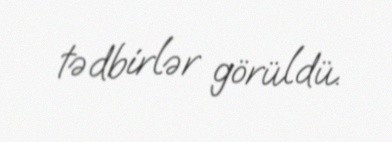
tədbirlər görüldü.